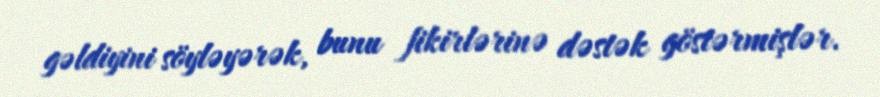
gəldiyini söyləyərək, bunu fikirlərinə dəstək göstərmişlər.